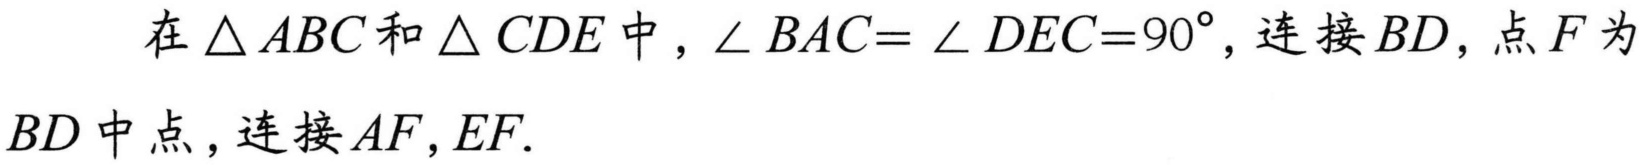
在\(\triangle ABC\)和\(\triangle CDE\)中，\(\angle BAC = \angle DEC = 90^{\circ}\)，连接\(BD\)，点\(F\)为\(BD\)中点，连接\(AF,EF\).